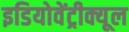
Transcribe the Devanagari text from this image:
इडियोवेंट्रीक्यूल